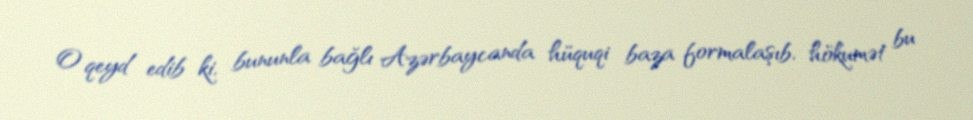
O qeyd edib ki, bununla bağlı Azərbaycanda hüquqi baza formalaşıb, hökumət bu